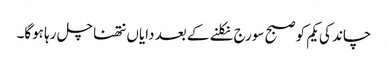
چاند کی یکم کو صبح سورج نکلنے کے بعد دایاں نتھنا چل رہا ہوگا۔